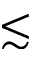
\lesssim